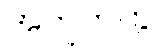
အတူတကွ။